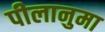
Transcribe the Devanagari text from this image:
पीलानुमा